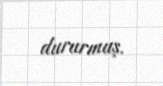
dururmuş.